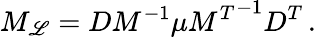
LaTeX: M_{\mathscr{L}}=DM^{-1}\mu{M^{T}}^{-1}D^{T}\, .